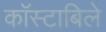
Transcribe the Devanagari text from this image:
काॅस्टाबिले